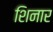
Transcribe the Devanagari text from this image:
शिनार